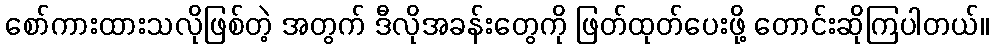
စော်ကားထားသလိုဖြစ်တဲ့ အတွက် ဒီလိုအခန်းတွေကို ဖြတ်ထုတ်ပေးဖို့ တောင်းဆိုကြပါတယ်။